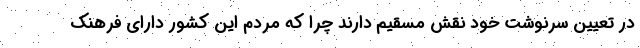
در تعیین سرنوشت خود نقش مسقیم دارند چرا که مردم این کشور دارای فرهنک